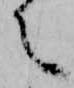
え